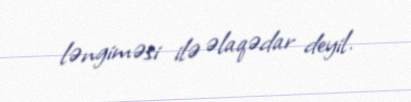
ləngiməsi ilə əlaqədar deyil.